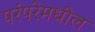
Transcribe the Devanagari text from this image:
परंपरेमधील